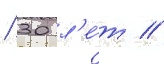
/ 30 л'е́т //